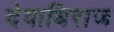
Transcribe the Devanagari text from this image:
देवाधिराज